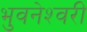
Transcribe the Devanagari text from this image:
भुवनेश्‍वरी